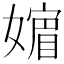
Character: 𡡮